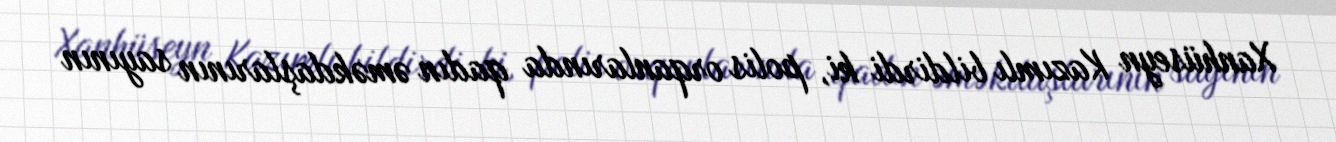
Xanhüseyn Kazımlı bildirdi ki, polis orqanlarında qadın əməkdaşlarının sayının